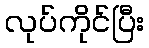
လုပ်ကိုင်ပြီး